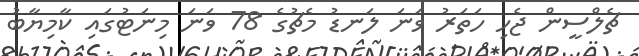
ޗެލްސީން ޖެހި ހަތަރު ވަނަ ލަނޑު މެޗުގެ 78 ވަނަ މިނަޓުގައި ކާމިޔާބު